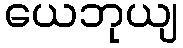
ယေဘုယျ